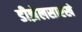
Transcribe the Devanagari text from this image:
डीझेलसारखे